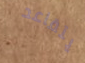
يتقاعد